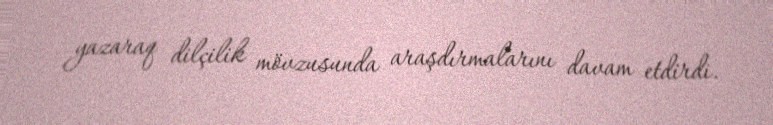
yazaraq dilçilik mövzusunda araşdırmalarını davam etdirdi.